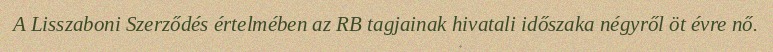
A Lisszaboni Szerződés értelmében az RB tagjainak hivatali időszaka négyről öt évre nő.